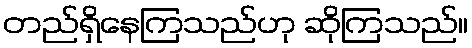
တည်ရှိနေကြသည်ဟု ဆိုကြသည်။